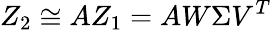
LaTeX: Z_{2}\cong AZ_{1}=AW\Sigma V^{T}